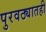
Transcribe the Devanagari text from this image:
पुरवठ्यातही